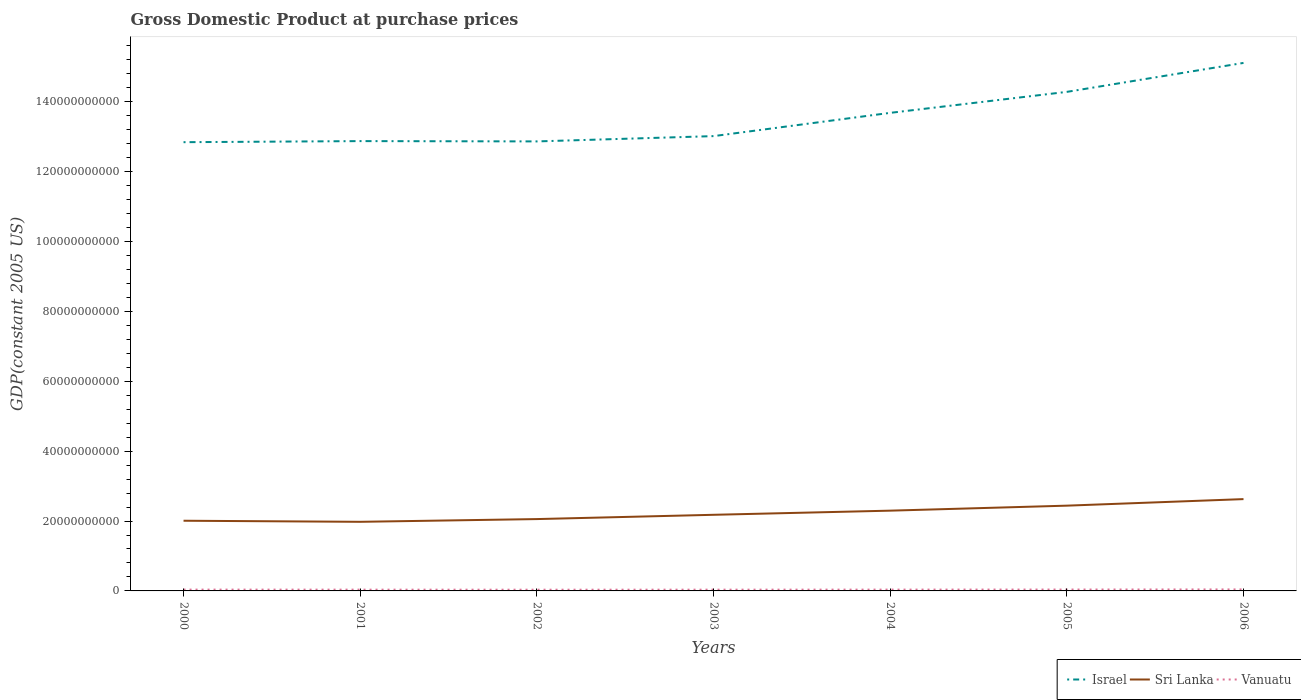
| Years | Israel | Sri Lanka | Vanuatu |
 | --- | --- | --- | --- |
 | 2000 | 1.28e+11 | 2.01e+10 | 3.78e+08 |
 | 2001 | 1.29e+11 | 1.98e+10 | 3.64e+08 |
 | 2002 | 1.29e+11 | 2.06e+10 | 3.46e+08 |
 | 2003 | 1.3e+11 | 2.18e+10 | 3.61e+08 |
 | 2004 | 1.37e+11 | 2.3e+10 | 3.75e+08 |
 | 2005 | 1.43e+11 | 2.44e+10 | 3.95e+08 |
 | 2006 | 1.51e+11 | 2.63e+10 | 4.28e+08 |